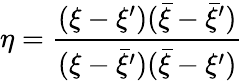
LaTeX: \eta=\frac{(\xi-\xi^{\prime})(\bar{\xi}-\bar{\xi}^{\prime})}{(\xi-\bar{\xi}^{\prime})(\bar{\xi}-\xi^{\prime})}